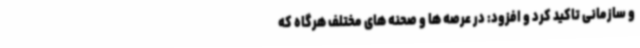
و سازمانی تاکید کرد و افزود: در عرصه ها و صحنه های مختلف هرگاه که